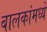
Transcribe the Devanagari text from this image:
बालकांमध्ये